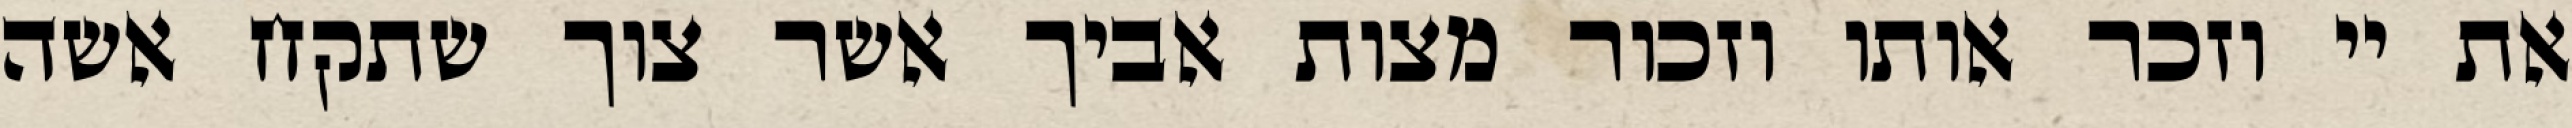
את יי וזכר אותו וזכור מצות אביך אשר צוך שתקח אשה